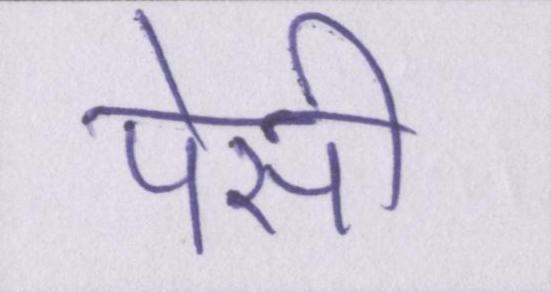
पेसी